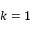
k = 1